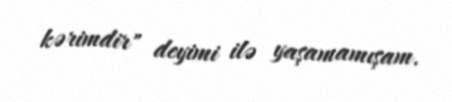
kərimdir" deyimi ilə yaşamamışam.